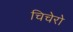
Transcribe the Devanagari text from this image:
चिचेरो